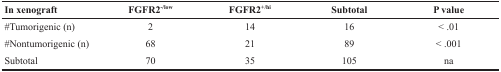
<table><thead><tr><td><b>In xenograft</b></td><td><b>FGFR2<sup>−/low</sup></b></td><td><b>FGFR2<sup>+/hi</sup></b></td><td><b>Subtotal</b></td><td><b>P value</b></td></tr></thead><tbody><tr><td>#Tumorigenic (n)</td><td>2</td><td>14</td><td>16</td><td>&lt; .01</td></tr><tr><td>#Nontumorigenic (n)</td><td>68</td><td>21</td><td>89</td><td>&lt; .001</td></tr><tr><td>Subtotal</td><td>70</td><td>35</td><td>105</td><td>na</td></tr></tbody></table>